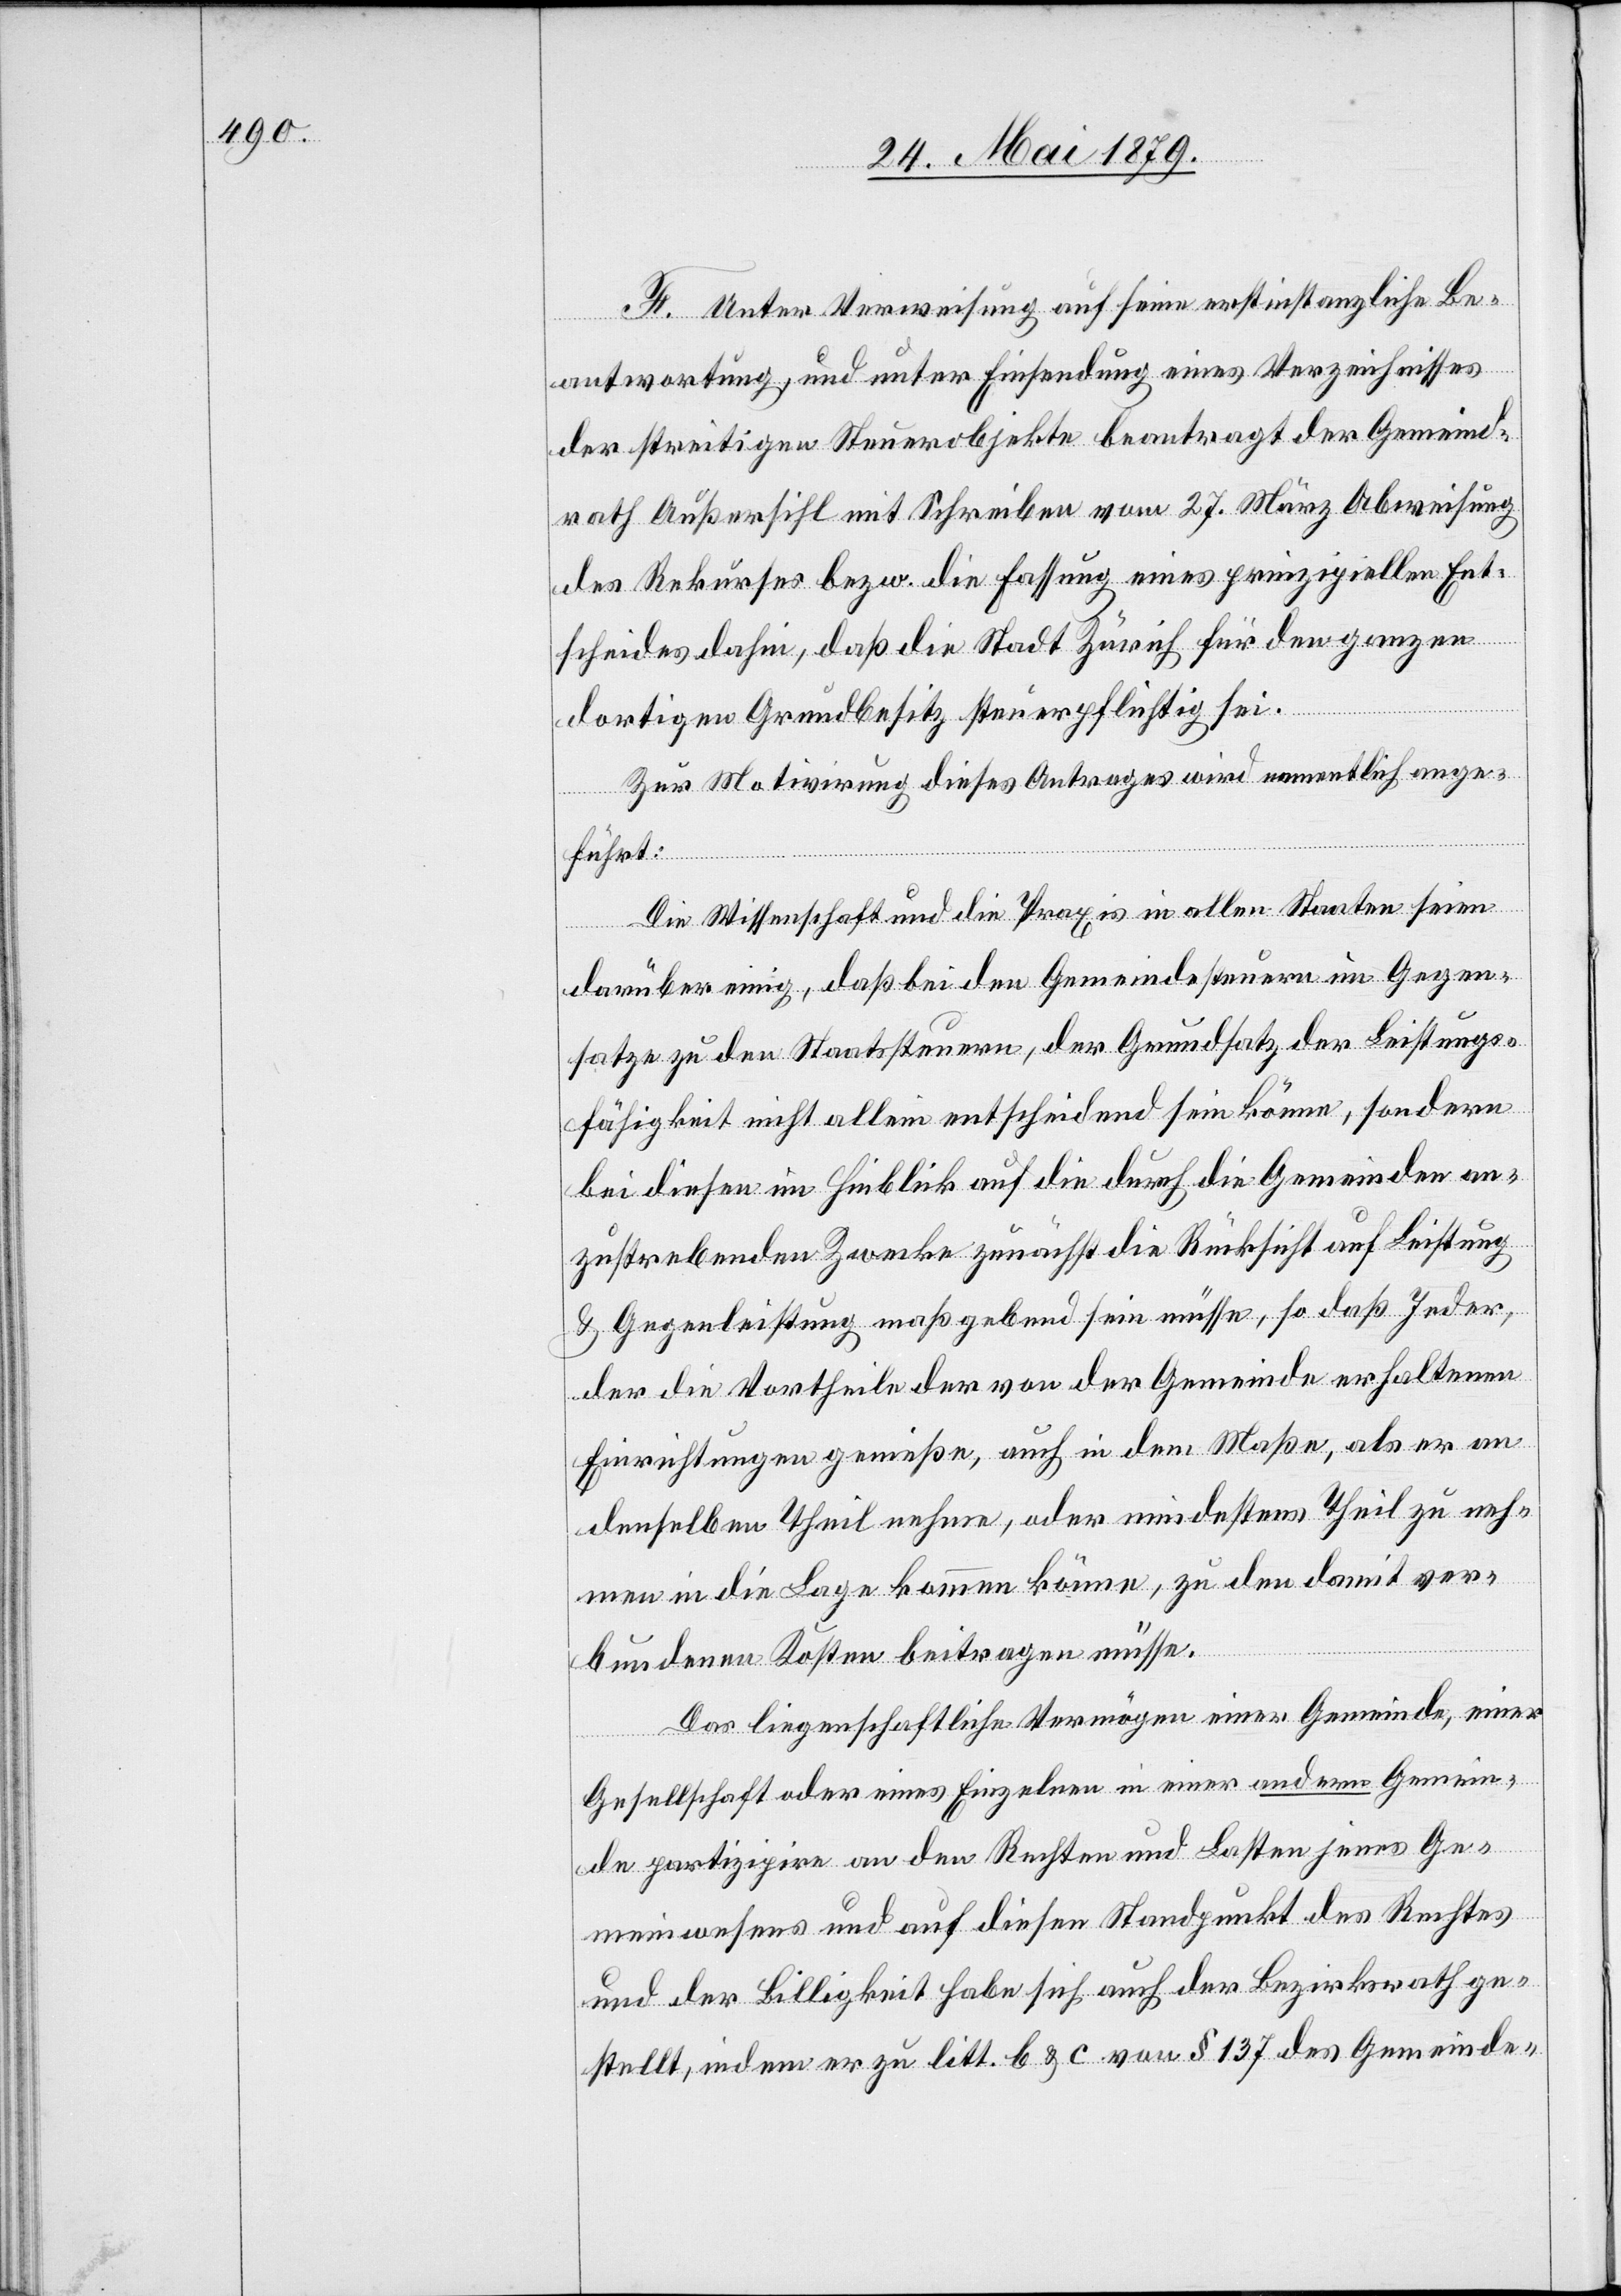
F. Unter Verweisung auf seine erstinstanzliche Be¬
antwortung, und unter Einsendung eines Verzeichnisses
der streitigen Steuerobjekte beantragt der Gemeind¬
rath Außersihl mit Schreiben vom 27. März Abweisung
des Rekurses bezw. die Fassung eines prinzipiellen Ent¬
scheides dahin, daß die Stadt Zürich für den ganzen
dortigen Grundbesitz steuerpflichtig sei.
Zur Motivirung dieses Antrages wird namentlich ange¬
führt:
Die Wissenschaft und die Praxis in allen Staaten seien
darüber einig, daß bei den Gemeindesteuern im Gegen¬
satze zu den Staatssteuern, der Grundsatz der Leistungs¬
fähigkeit nicht allein entscheidend sein könne, sondern
bei diesen im Hinblick auf die durch die Gemeinden an¬
zustrebenden Zwecke zunächst die Rücksicht auf Leistung
& Gegenleistung maßgebend sein müsse, so daß Jeder,
der die Vortheile der von der Gemeinde erhaltenen
Einrichtungen genieße, auch in dem Maße, als er an
denselben Theil nehme, oder mindestens Theil zu neh¬
men in die Lage kommen könne, zu den damit ver¬
bundenen Kosten beitragen müsse.
Das liegenschaftliche Vermögen einer Gemeinde, einer
Gesellschaft oder eines Einzelnen in einer andern Gemein¬
de partizipire an den Rechten und Lasten jenes Ge¬
meinwesens und auf diesen Standpunkt des Rechtes
und der Billigkeit habe sich auch der Bezirksrath ge¬
stellt, indem er zu litt. b & c von § 137 des Gemeinde-